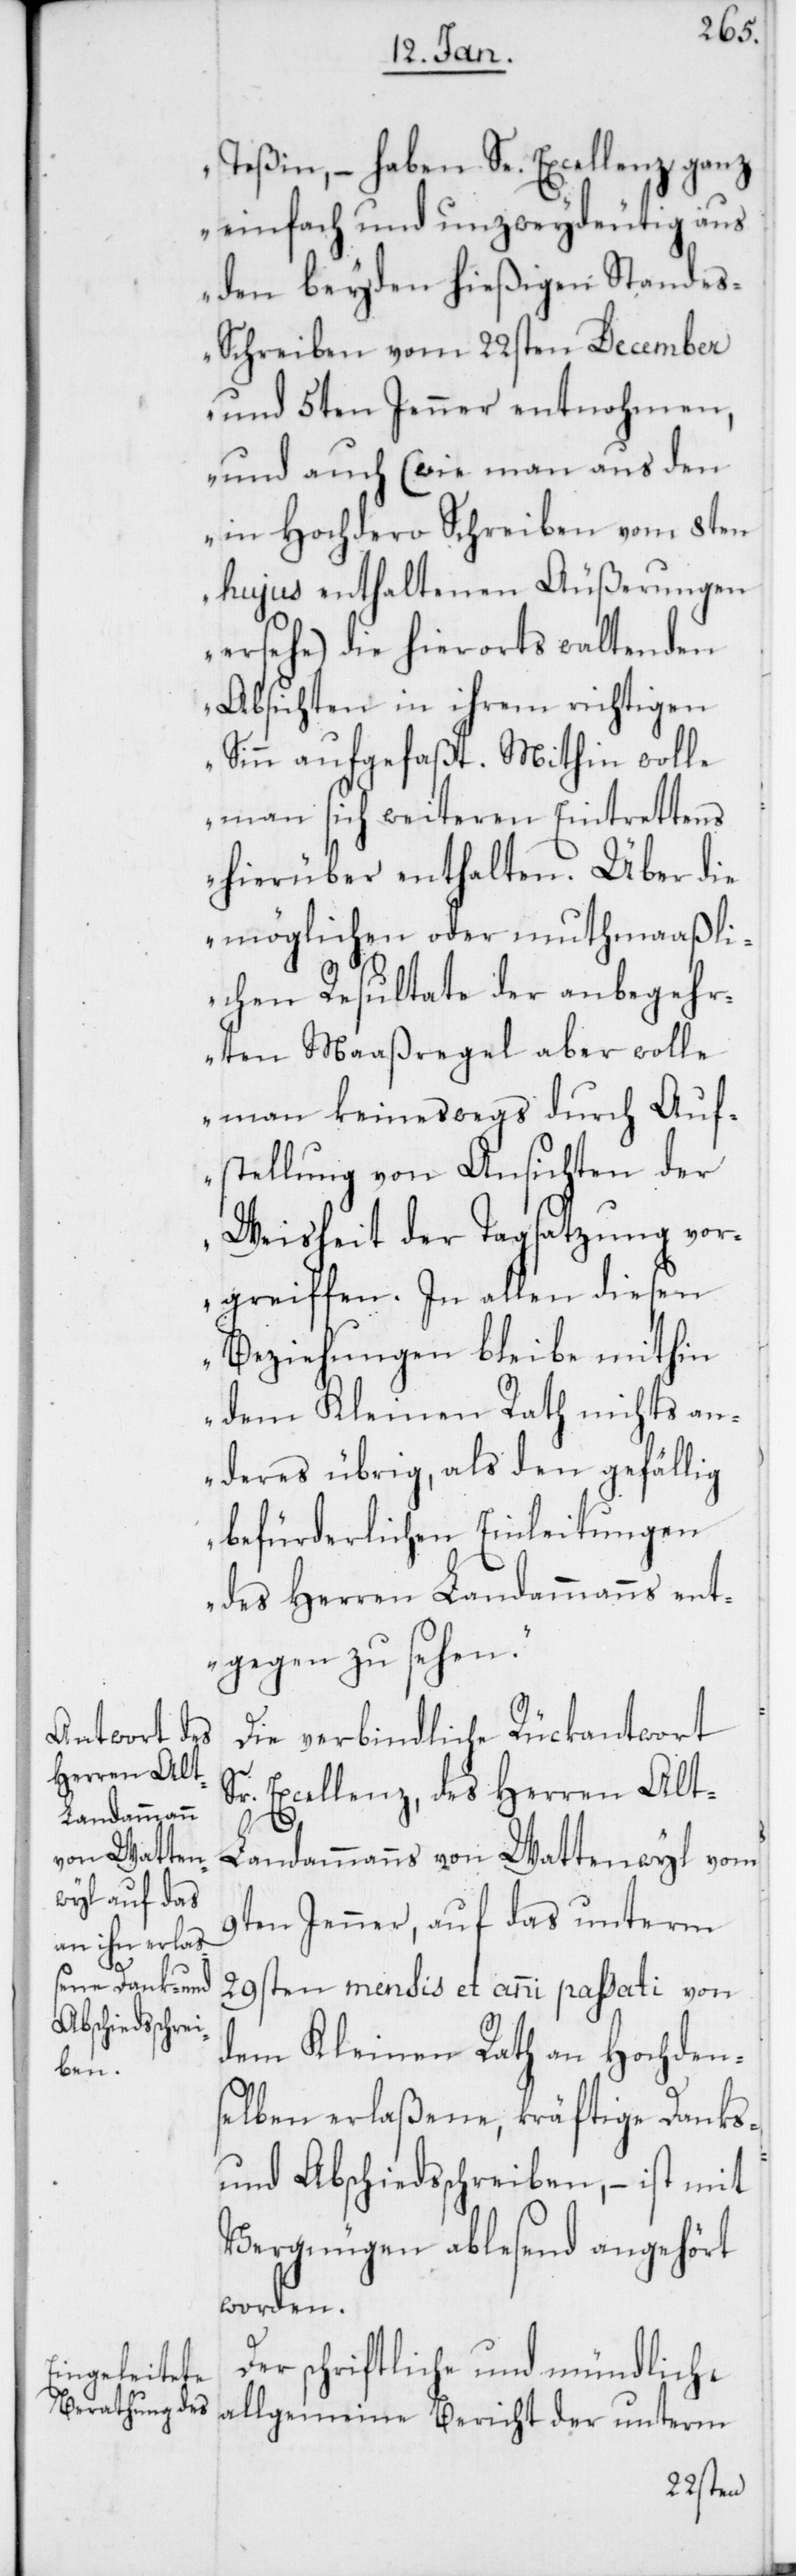
Teßin, – haben Se. Excellenz ganz
einfach und unzweydeutig aus
den beyden hießigen Stande¬
s-Schreiben vom 22sten December
und 5ten Jenner entnohmen,
und auch (wie man aus den
in Hochdero Schreiben vom 8ten
hujus enthaltenen Äußerungen
ersehe) die hierorts waltenden
Absichten in ihrem richtigen
Sinn aufgefaßt. Mithin wolle
man sich weiteren Eintrettens
hierüber enthalten. Über die
möglichen oder muthmaaßli¬
chen Resultate der anbegehr¬
ten Maaßregel aber wolle
man keineswegs durch Auf¬
stellung von Ansichten der
Weisheit der Tagsatzung vor¬
greiffen. In allen diesen
Beziehungen bleibe mithin
dem Kleinen Rath nichts an¬
deres übrig, als den gefällig
befürderlichen Einleitungen
des Herren Landammanns ent¬
gegen zu sehen.“
Die verbindliche Rückantwort
r. Excellenz, des Herren Alt-L¬
S¬
andammanns von Wattenwyl vom
9ten Jenner, auf das unterm
29sten mensis et anni passati von
dem Kleinen Rath an Hochden¬
selben erlaßene, kräftige Danks-
und Abschiedsschreiben, – ist mit
Vergnügen ablesend angehört
worden.
Der schriftliche und mündliche
allgemeine Bericht der unterm